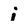
Character: i